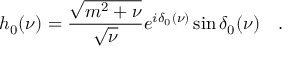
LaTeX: h _ { 0 } ( \nu ) = \frac { \sqrt { m ^ { 2 } + \nu } } { \sqrt { \nu } } e ^ { i \delta _ { 0 } ( \nu ) } \sin \delta _ { 0 } ( \nu ) \quad .